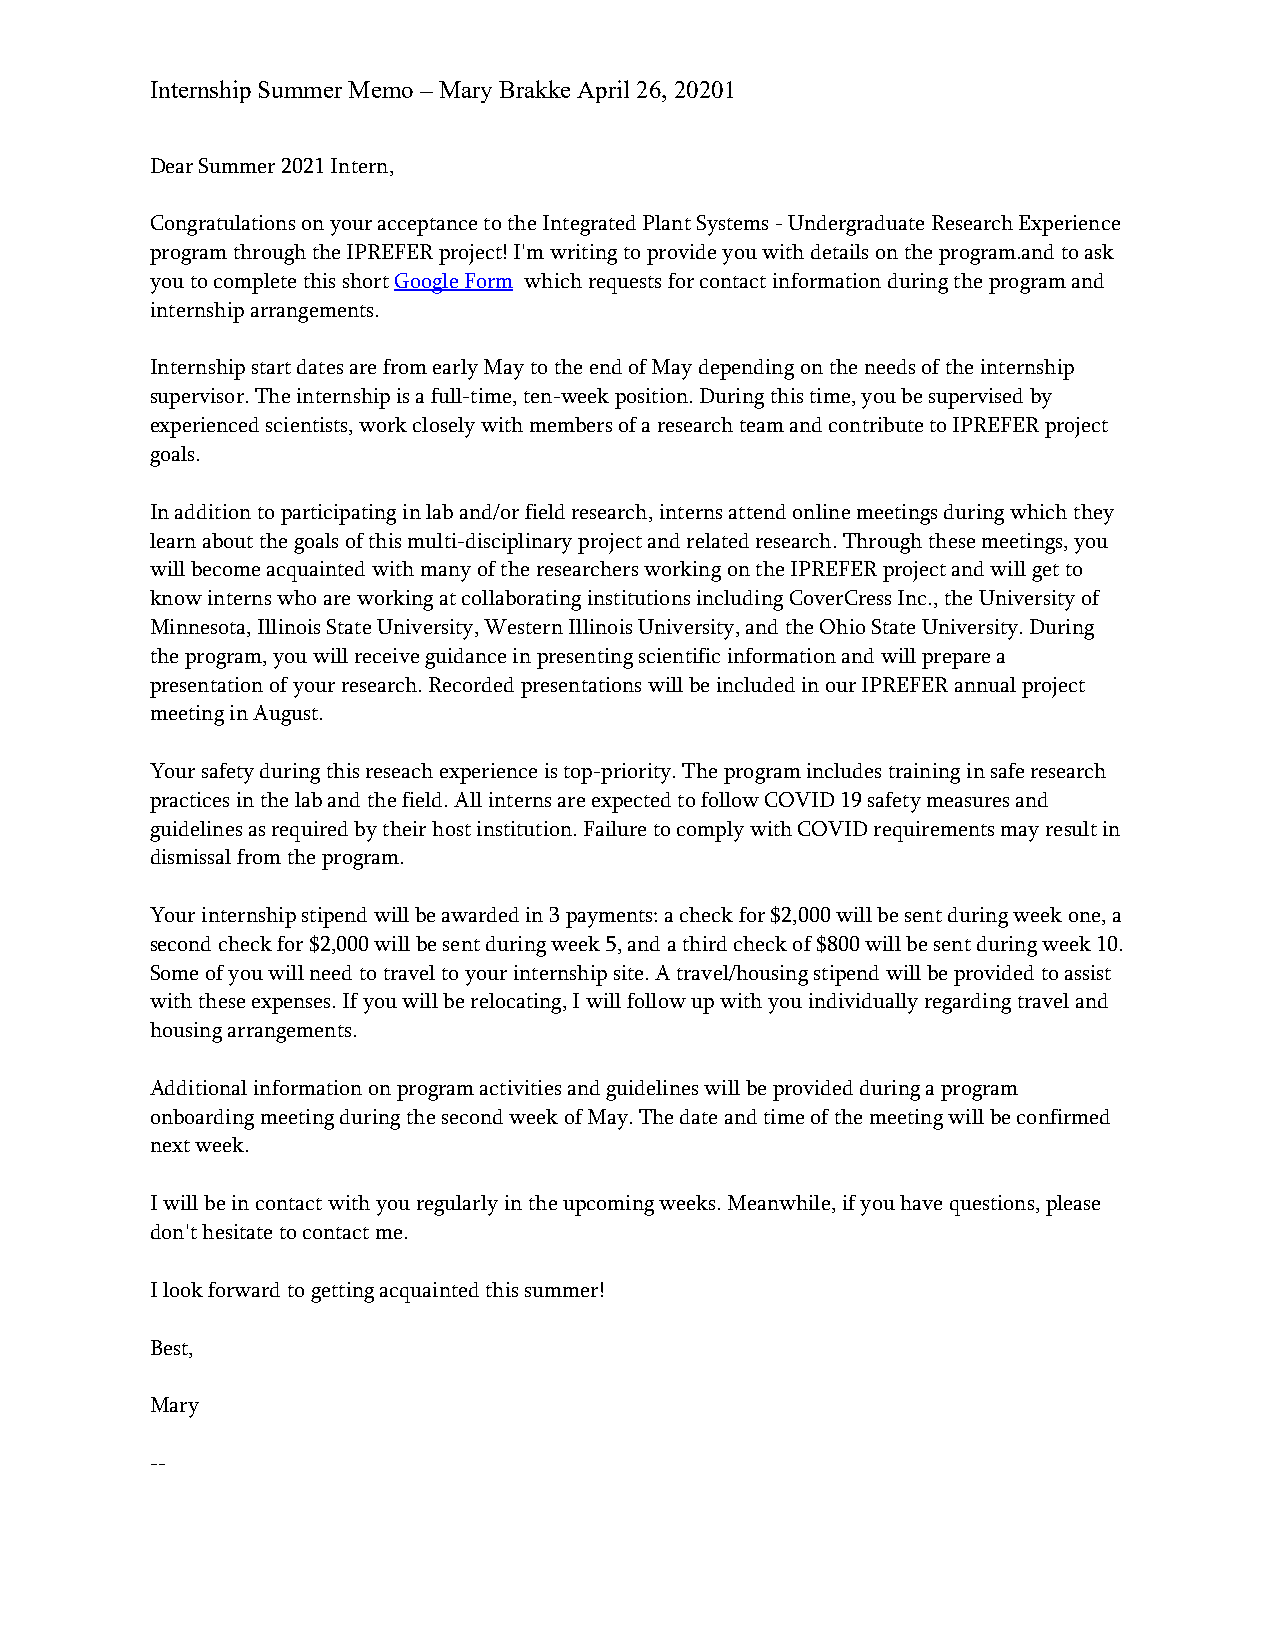
Internship Summer Memo – Mary Brakke April 26, 20201
 Dear Summer 2021 Intern,
 Congratulations on your acceptance to the Integrated Plant Systems - Undergraduate Research Experience
 program through the IPREFER project! I'm writing to provide you with details on the program.and to ask
 you to complete this short Google Form which requests for contact information during the program and
 internship arrangements.
 Internship start dates are from early May to the end of May depending on the needs of the internship
 supervisor. The internship is a full-time, ten-week position. During this time, you be supervised by
 experienced scientists, work closely with members of a research team and contribute to IPREFER project
 goals.
 In addition to participating in lab and/or field research, interns attend online meetings during which they
 learn about the goals of this multi-disciplinary project and related research. Through these meetings, you
 will become acquainted with many of the researchers working on the IPREFER project and will get to
 know interns who are working at collaborating institutions including CoverCress Inc., the University of
 Minnesota, Illinois State University, Western Illinois University, and the Ohio State University. During
 the program, you will receive guidance in presenting scientific information and will prepare a
 presentation of your research. Recorded presentations will be included in our IPREFER annual project
 meeting in August.
 Your safety during this reseach experience is top-priority. The program includes training in safe research
 practices in the lab and the field. All interns are expected to follow COVID 19 safety measures and
 guidelines as required by their host institution. Failure to comply with COVID requirements may result in
 dismissal from the program.
 Your internship stipend will be awarded in 3 payments: a check for $2,000 will be sent during week one, a
 second check for $2,000 will be sent during week 5, and a third check of $800 will be sent during week 10.
 Some of you will need to travel to your internship site. A travel/housing stipend will be provided to assist
 with these expenses. If you will be relocating, I will follow up with you individually regarding travel and
 housing arrangements.
 Additional information on program activities and guidelines will be provided during a program
 onboarding meeting during the second week of May. The date and time of the meeting will be confirmed
 next week.
 I will be in contact with you regularly in the upcoming weeks. Meanwhile, if you have questions, please
 don't hesitate to contact me.
 I look forward to getting acquainted this summer!
 Best,
 Mary
 --